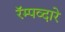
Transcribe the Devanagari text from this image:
रॅम्पव्दारे